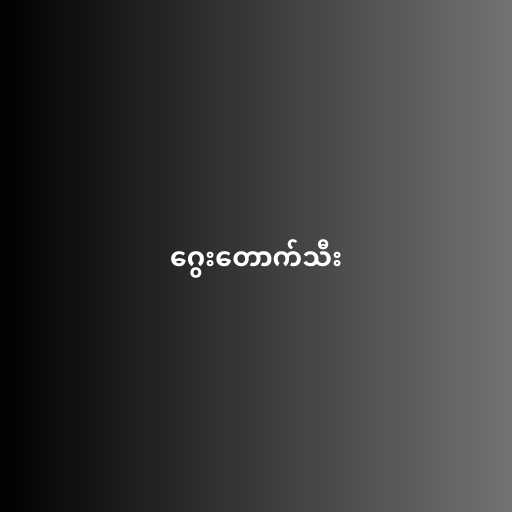
ဂွေးတောက်သီး